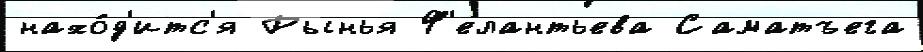
нахо́д'итс'я Рынья Ф'елантьева Саматъега